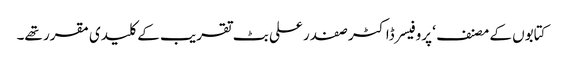
کتابوں کے مصنف ‘ پروفیسر ڈاکٹر صفدر علی بٹ تقریب کے کلیدی مقرر تھے۔